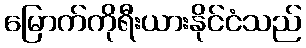
မြောက်ကိုရီးယားနိုင်ငံသည်